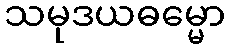
သမုဒယဓမ္မော